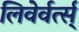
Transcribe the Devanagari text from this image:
लिवेर्वर्त्स्